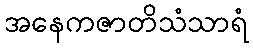
အနေကဇာတိသံသာရံ